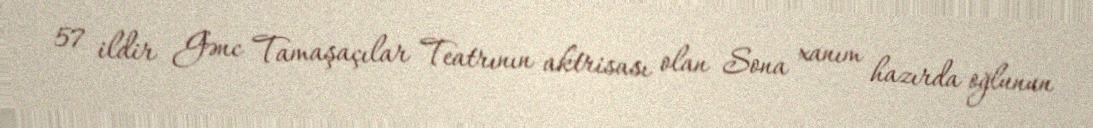
57 ildir Gənc Tamaşaçılar Teatrının aktrisası olan Sona xanım hazırda oğlunun